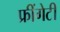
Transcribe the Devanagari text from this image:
फ्रींगेटी